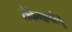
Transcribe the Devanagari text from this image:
रोकेगापरंतु